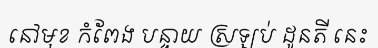
នៅមុខ កំពែង បន្ទាយ ស្រឡប់ ដូនតី នេះ